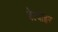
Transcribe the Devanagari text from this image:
बेल्वोइर